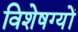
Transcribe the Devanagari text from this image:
विशेषग्यों